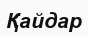
Қайдар